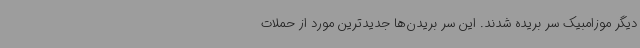
دیگر موزامبیک سر بریده شدند. این سر بریدن‌ها جدیدترین مورد از حملات